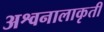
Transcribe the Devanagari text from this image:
अश्वनालाकृती